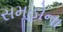
સમૂહોના